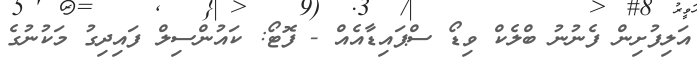
އަލިފުށިން ފެނުނު ބްލެކް ވިޑޯ ސްޕައިޑާއެއް - ފޮޓޯ: ކައުންސިލް ފައިދިގު މަކުނުގެ